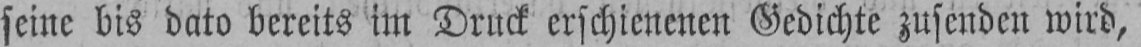
seine bis dato bereits im Druck erschienenen Gedichte zusenden wird,